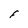
Character: F